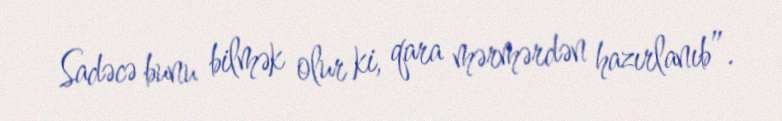
Sadəcə bunu bilmək olur ki, qara mərmərdən hazırlanıb”.